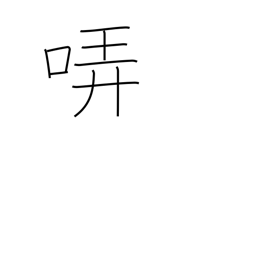
Meaning: warble